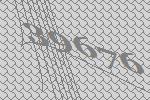
39676